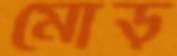
মোড়